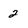
Character: 2